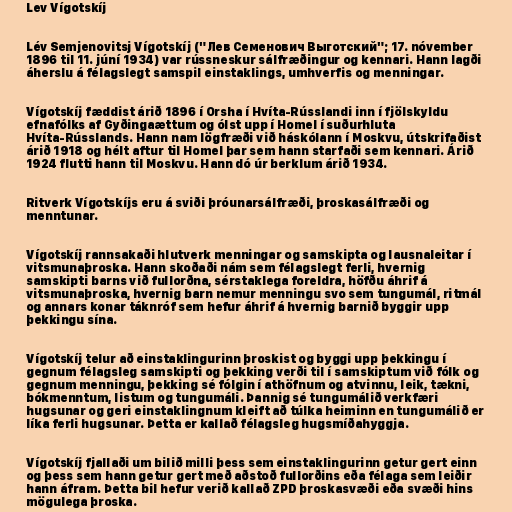
Lev Vígotskíj

Lév Semjenovitsj Vígotskíj ("Лев Семенович Выготский"; 17. nóvember
1896 til 11. júní 1934) var rússneskur sálfræðingur og kennari. Hann lagði
áherslu á félagslegt samspil einstaklings, umhverfis og menningar.

Vígotskíj fæddist árið 1896 í Orsha í Hvíta-Rússlandi inn í fjölskyldu
efnafólks af Gyðingaættum og ólst upp í Homel í suðurhluta
Hvíta-Rússlands. Hann nam lögfræði við háskólann í Moskvu, útskrifaðist
árið 1918 og hélt aftur til Homel þar sem hann starfaði sem kennari. Árið
1924 flutti hann til Moskvu. Hann dó úr berklum árið 1934.

Ritverk Vígotskíjs eru á sviði þróunarsálfræði, þroskasálfræði og
menntunar.

Vígotskíj rannsakaði hlutverk menningar og samskipta og lausnaleitar í
vitsmunaþroska. Hann skoðaði nám sem félagslegt ferli, hvernig
samskipti barns við fullorðna, sérstaklega foreldra, höfðu áhrif á
vitsmunaþroska, hvernig barn nemur menningu svo sem tungumál, ritmál
og annars konar táknróf sem hefur áhrif á hvernig barnið byggir upp
þekkingu sína.

Vígotskíj telur að einstaklingurinn þroskist og byggi upp þekkingu í
gegnum félagsleg samskipti og þekking verði til í samskiptum við fólk og
gegnum menningu, þekking sé fólgin í athöfnum og atvinnu, leik, tækni,
bókmenntum, listum og tungumáli. Þannig sé tungumálið verkfæri
hugsunar og geri einstaklingnum kleift að túlka heiminn en tungumálið er
líka ferli hugsunar. Þetta er kallað félagsleg hugsmíðahyggja.

Vígotskíj fjallaði um bilið milli þess sem einstaklingurinn getur gert einn
og þess sem hann getur gert með aðstoð fullorðins eða félaga sem leiðir
hann áfram. Þetta bil hefur verið kallað ZPD þroskasvæði eða svæði hins
mögulega þroska.